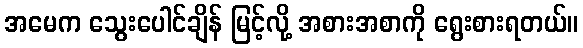
အမေက သွေးပေါင်ချိန် မြင့်လို့ အစားအစာကို ရွေးစားရတယ်။